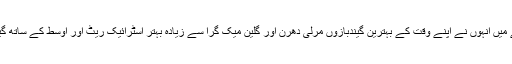
اس عرصے میں انہوں نے اپنے وقت کے بہترین گیندبازوں مرلی دھرن اور گلین میک گرا سے زیادہ بہتر اسٹرائیک ریٹ اور اوسط کے ساتھ گیندبازی کی۔